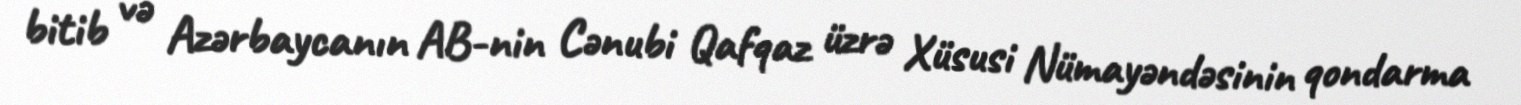
bitib və Azərbaycanın AB-nin Cənubi Qafqaz üzrə Xüsusi Nümayəndəsinin qondarma